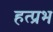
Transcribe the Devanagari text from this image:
हत्प्रभ